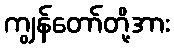
ကျွန်တော်တို့အား